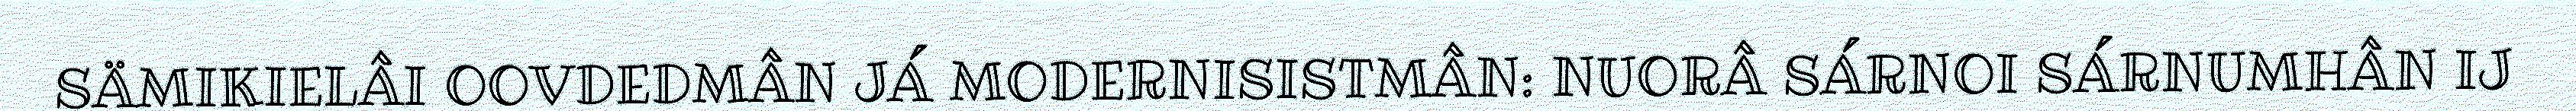
SÄMIKIELÂI OOVDEDMÂN JÁ MODERNISISTMÂN: NUORÂ SÁRNOI SÁRNUMHÂN IJ